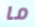
ما